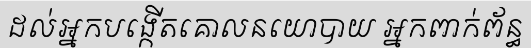
ដល់អ្នកបង្កើតគោលនយោបាយ អ្នកពាក់ព័ន្ធ